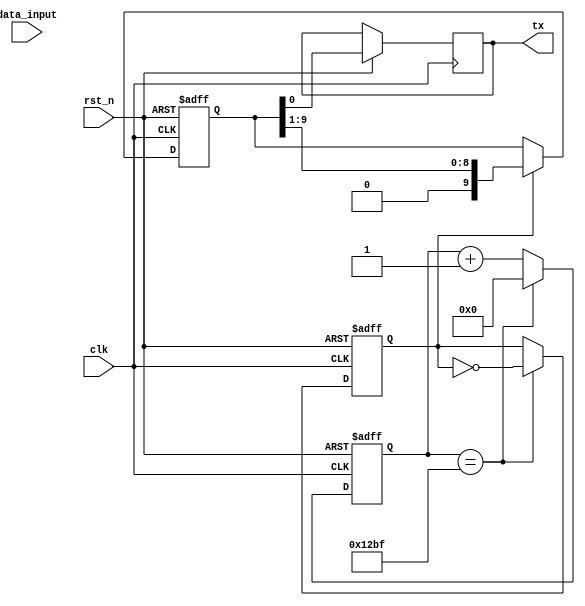
module UART_transmitter(
    input clk,
    input rst_n,
    input [7:0] data_input,
    output tx
);

// Data Input Block
reg [7:0] data_buffer;

// Encoding Block
reg [9:0] serial_data;
reg start_bit;
reg stop_bit;

// Baud Rate Generator
reg [15:0] baud_counter;
parameter BAUD_RATE = 9600; // Change baud rate here

// Shift Register
reg [9:0] shift_reg;
reg shift_clk;

always @(posedge clk or negedge rst_n) begin
    if (~rst_n) begin
        data_buffer <= 8'h00;
        baud_counter <= 16'h0000;
        shift_reg <= 10'h000;
        shift_clk <= 1'b0;
        serial_data <= {start_bit, data_buffer, stop_bit};
    end else begin
        // Data Input Block
        data_buffer <= data_input;

        // Encoding Block
        start_bit <= 1'b1;
        stop_bit <= 1'b1;

        // Baud Rate Generator
        if (baud_counter == BAUD_RATE / 2 - 1) begin
            shift_clk <= ~shift_clk;
            baud_counter <= 16'h0000;
        end else begin
            baud_counter <= baud_counter + 1;
        end

        // Shift Register
        if (shift_clk) begin
            shift_reg <= {1'b0, shift_reg[9:1]};
        end

        // Data output
        tx <= shift_reg[0];
    end
end

endmodule